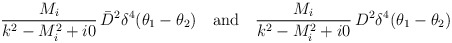
\begin{align*}\frac{M_i}{k^2-M_i^2+i0}\,\bar D^2 \delta^4(\theta_1-\theta_2)\quad\mbox{and}\quad\frac{M_i}{k^2-M_i^2+i0}\, D^2 \delta^4(\theta_1-\theta_2)\end{align*}